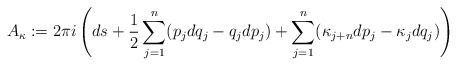
\begin{align*}A_{\kappa}:= 2\pi i\left( ds+\frac{1}{2} \sum_{j=1}^n(p_jdq_j-q_jdp_j)+\sum_{j=1}^n (\kappa_{j+n} dp_j-\kappa_{j}dq_j)\right)\end{align*}